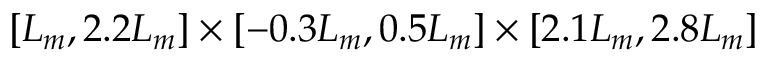
[ L _ { m } , 2 . 2 L _ { m } ] \times [ - 0 . 3 L _ { m } , 0 . 5 L _ { m } ] \times [ 2 . 1 L _ { m } , 2 . 8 L _ { m } ]